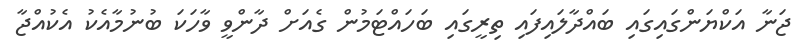
ޖަނާ އަކްޔަންގައިގައި ބައްދާލައިފައި ތިރީގައި ބަހައްޓަމުން ގެއަށް ދާންވީ ވާހަކަ ބުނުމާއެކު އެކުއްޖާ